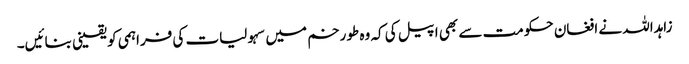
زاہداللہ نے افغان حکومت سے بھی اپیل کی کہ وہ طورخم میں سہولیات کی فراہمی کو یقینی بنائیں۔